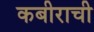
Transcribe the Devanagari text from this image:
कबीराची